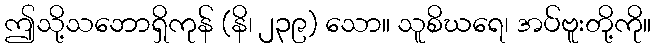
ဤသို့သဘောရှိကုန် (နိ၊ ၂၃၉) သော။ သူစိဃရေ၊ အပ်ဗူးတို့ကို။